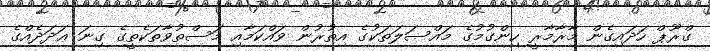
ގްރޫޕް ހަަދައިގެން މާރާމާރީ ހިންގުމުގެ މައްސަލަތަކުގެ އިތުރުން ވައްކަމާއި މަސްތުވާތަކެތީގެ ގިނަ ޢަދަދެއްގެ